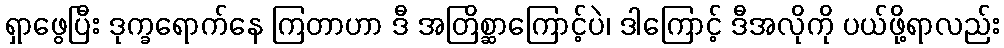
ရှာဖွေပြီး ဒုက္ခရောက်နေ ကြတာဟာ ဒီ အတြိစ္ဆာကြောင့်ပဲ၊ ဒါကြောင့် ဒီအလိုကို ပယ်ဖို့ရာလည်း